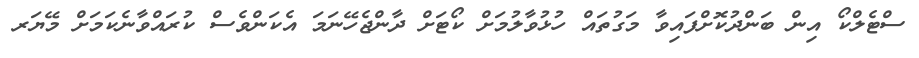
ސްޓެލްކޯ އިން ބަންދުކޮށްފައިވާ މަގުތައް ހުޅުވާލުމަށް ކޯޓަށް ދާންޖެހޭނަމަ އެކަންވެސް ކުރައްވާނެކަމަށް މޭޔަރ